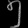
Digit: ၅